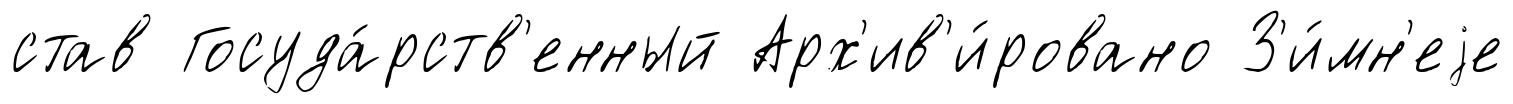
став Госуда́рств'енный Арх'ив'и́ровано З'и́мн'еjе